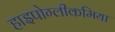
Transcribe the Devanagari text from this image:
हाइपोग्लीकमिया